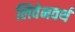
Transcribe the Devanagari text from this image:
लिवेनवर्थ